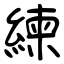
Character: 練